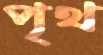
পৃথ